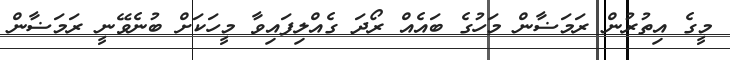
މީގެ އިތުރުން ރަމަޟާން މަހުގެ ބައެއް ރޯދަ ގެއްލިފައިވާ މީހަކަށް ބުނެވޭނީ ރަމަޟާން